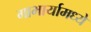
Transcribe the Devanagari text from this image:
गाभार्यामध्ये